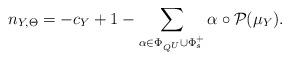
LaTeX: \begin{align*}n_{Y,\Theta}=-c_Y+1-\sum_{\alpha\in\Phi_{Q^U}\cup \Phi_s^+}\alpha\circ \mathcal{P}(\mu_Y).\end{align*}